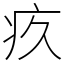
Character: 疚